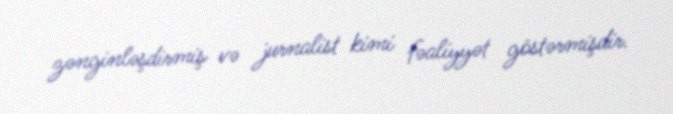
zənginləşdirmiş və jurnalist kimi fəaliyyət göstərmişdir.